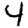
Digit: 4